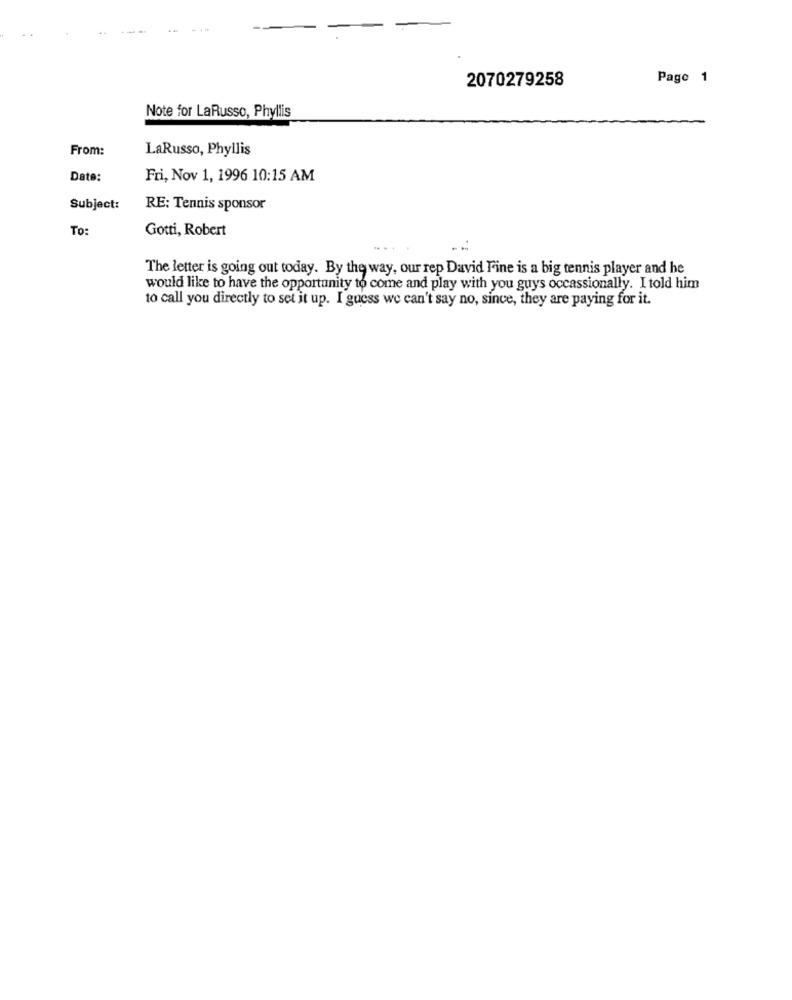
2070279258
Page 1
Note for LaRusso, Phyllis
From:
LaRusso, Phyllis
Date:
Fri, Nov 1, 1996 10:15 AM
Subject:
RE: Tennis sponsor
To:
Gotti, Robert
The letter is going out today. By the way, our rep David Fine is a big tennis player and he
would like to have the opportunity to come and play with you guys occassionally. I told him
to call you directly to set it up. I guess we can't say no, since, they are paying for it.